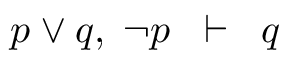
p \lor q , \; \neg p \; \; \vdash \; \; q